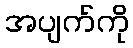
အပျက်ကို